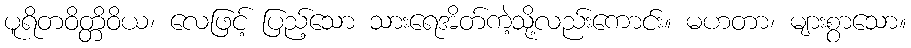
ပူရိတဝိတ္တိဝိယ၊ လေဖြင့် ပြည့်သော သားရေအိတ်ကဲ့သို့လည်းကောင်း။ မဟတာ၊ များစွာသော။